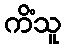
ကိံသူ